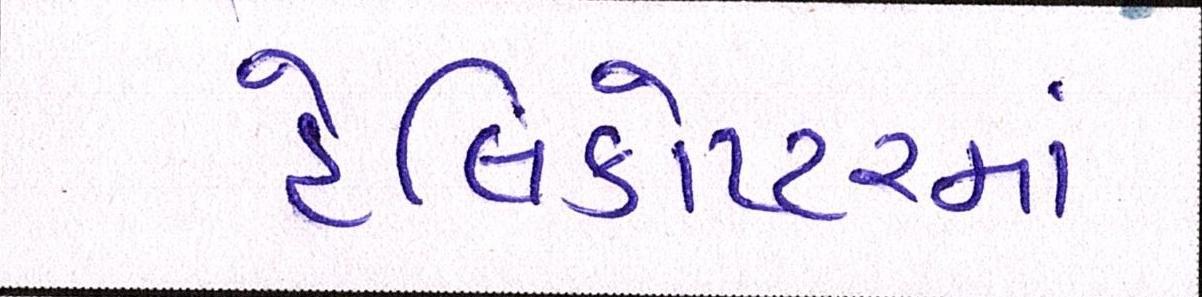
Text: હેલિકોપ્ટરમાં